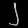
Digit: ၂